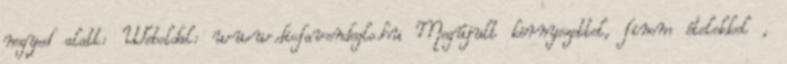
negyed alatt: Weboldal: www.diofavendeglo.hu Megújult környezettel, finom ételekkel ,